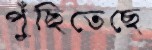
পুঁছিতেছে